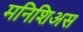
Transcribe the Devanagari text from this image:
मनिशिअस